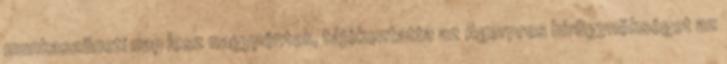
munkaszüneti nap lesz nagypéntek, tájékoztatta az Agerpres hírügynökséget az